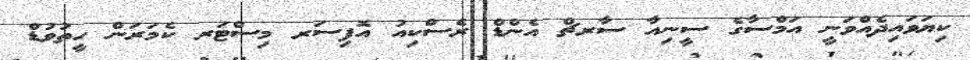
ކިޔަވައިދެއްވަނީ އަމްސާގެ ސީނިއާ ސާރޗް އެންޑް ރެސްކިއު އޮފިސަރ މިސްޓަރ ކެމަރަން ހީތުވުޑް